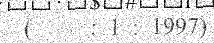
(     : 1 : 1997)